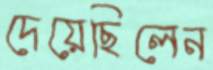
দেয়েছিলেন